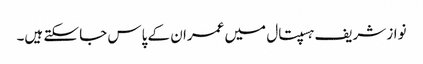
نواز شریف ہسپتال میں عمران کے پاس جا سکتے ہیں۔